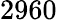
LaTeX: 2960